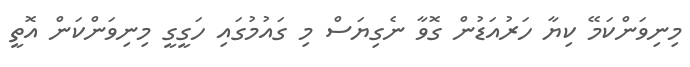
މިނިވަންކަމޭ ކިޔާ ހަރުއަޑުން ގޮވާ ނެގިޔަސް މި ގައުމުގައި ހަގީގީ މިނިވަންކަން އޮތީ